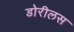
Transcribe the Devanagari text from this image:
डोरीलस